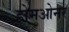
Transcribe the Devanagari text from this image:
होमओनर